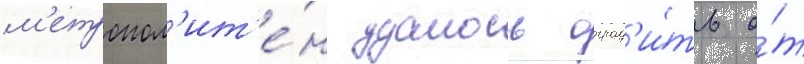
м'етропол'ит'е́н удалось оград'и́ть о́т